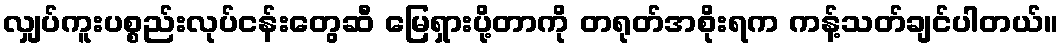
လျှပ်ကူးပစ္စည်းလုပ်ငန်းတွေဆီ မြေရှားပို့တာကို တရုတ်အစိုးရက ကန့်သတ်ချင်ပါတယ်။